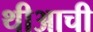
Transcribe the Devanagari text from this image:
थीआची